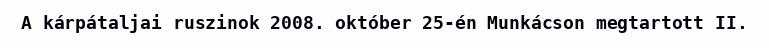
A kárpátaljai ruszinok 2008. október 25-én Munkácson megtartott II.